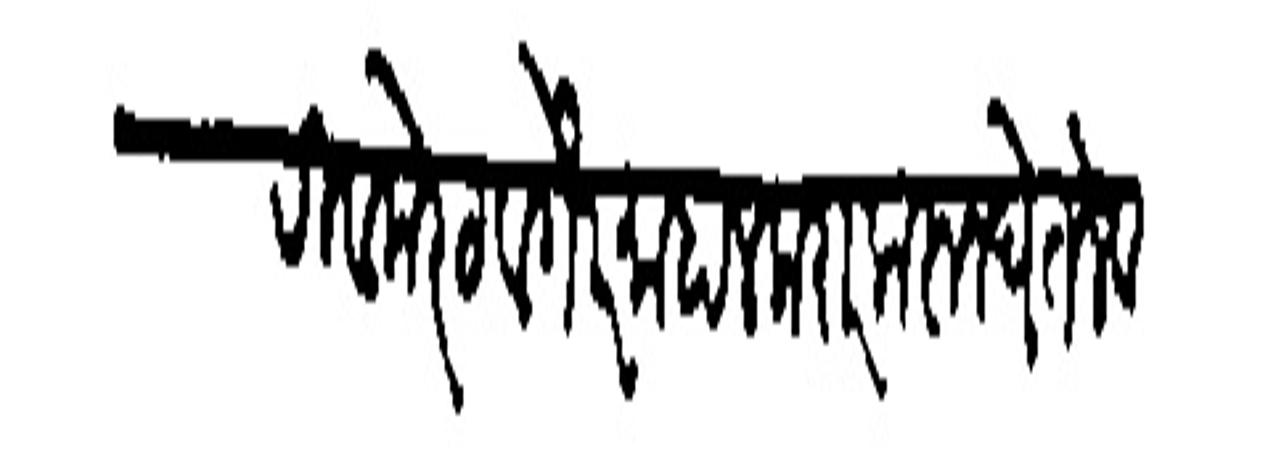
Transliteration (Devanagari): बक्षिगीरी व मेरठ वगैरे माहाल करार करून घेतले व